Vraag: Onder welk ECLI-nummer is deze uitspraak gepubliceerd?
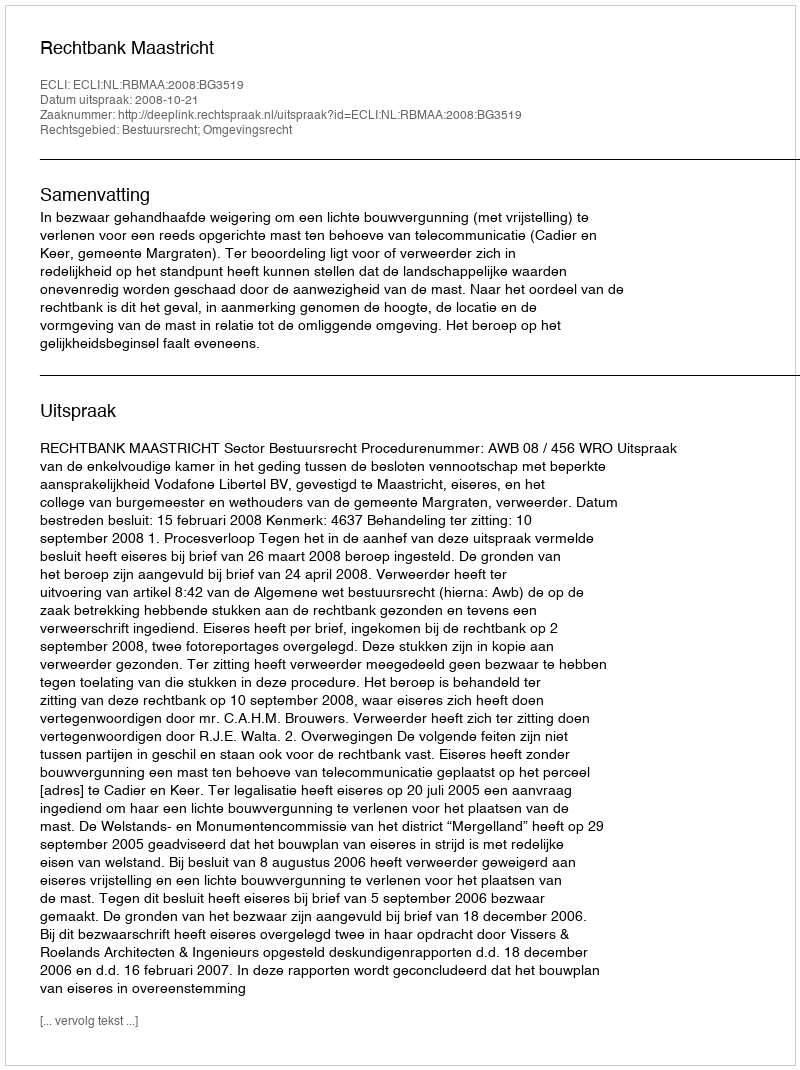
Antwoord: ECLI:NL:RBMAA:2008:BG3519